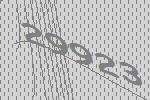
29923